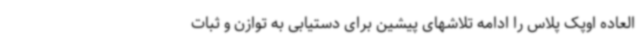
العاده اوپک پلاس را ادامه تلاشهای پیشین برای دستیابی به توازن و ثبات